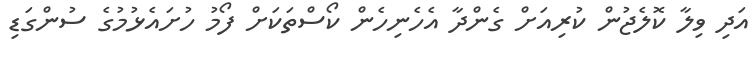
އަދި ވިލާ ކޮލެޖުން ކުރިއަށް ގެންދާ އެހެނިހެން ކޯސްތަކަށް ފޯމު ހުށައެޅުމުގެ ސުންގަޑި